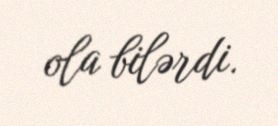
ola bilərdi.